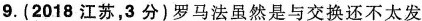
9.(2018江苏，3分)罗马法虽然是与交换还不太发